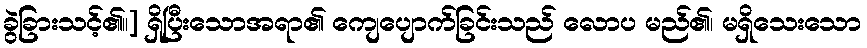
ခွဲခြားသင့်၏။] ရှိပြီးသောအရာ၏ ကျေပျောက်ခြင်းသည် လောပ မည်၏၊ မရှိသေးသော